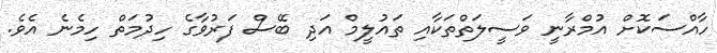
ހާއްސަކޮށް އުމްރާނީ ވަސީލަތްތަކާއި ތައުލީމް އަދި ބޭސް ފަރުވާގެ ހިދުމަތް ހިމެނެ އެވެ.